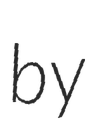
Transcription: by